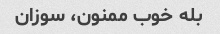
بله خوب ممنون، سوزان